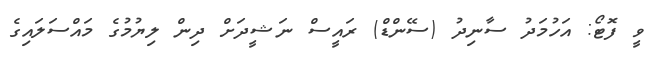
ވީ ފޮޓޯ: އަހުމަދު ސާނިދު (ސޭންޑް) ރައީސް ނަޝީދަށް ދިން ލިޔުމުގެ މައްސަލައިގެ